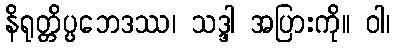
နိရုတ္တိပ္ပဘေဒဿ၊ သဒ္ဒါ အပြားကို။ ဝါ၊